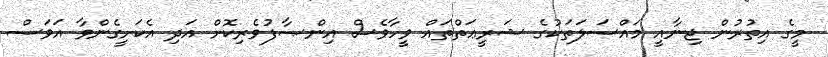
މީގެ އިތުރުން ޖިނާއީ މައްސަލަތަކުގެ ޝަރީޢަތްތައް ވީހާވެސް އިންޞާފުވެރިކޮށް އަދި އެކަށީގެންވާ އަވަސް